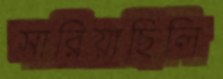
সারিয়াছিলি